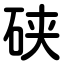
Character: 硖